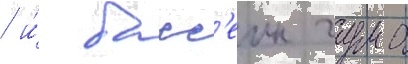
/ и́ басс'еин чудно